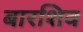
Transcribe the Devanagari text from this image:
बारशिव